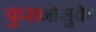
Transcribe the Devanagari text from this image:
कुरानोसुके